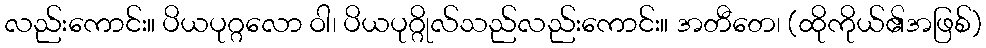
လည်းကောင်း။ ပိယပုဂ္ဂလော ဝါ၊ ပိယပုဂ္ဂိုလ်သည်လည်းကောင်း။ အတီတေ၊ (ထိုကိုယ်၏အဖြစ်)